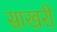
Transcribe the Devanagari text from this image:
साखरी